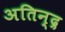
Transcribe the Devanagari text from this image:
अतिन्द्र